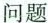
问题